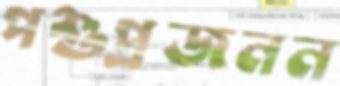
পশুপ্রজনন